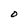
Character: O